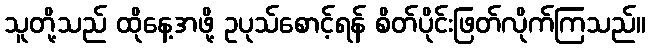
သူတို့သည် ထိုနေ့အဖို့ ဥပုသ်စောင့်ရန် စိတ်ပိုင်းဖြတ်လိုက်ကြသည်။